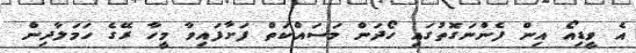
އެ ވީޑިއޯ އިން ފެންނަގޮތުގައި ހޯދަން މަސައްކަތް ފަށާފައިވާ މީހާ ރޭގެ ހަމަލާދިން